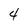
Character: 4